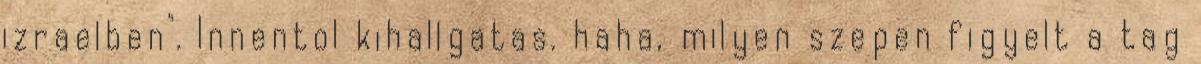
izraelben". Innentol kihallgatas. haha, milyen szepen figyelt a tag